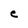
Character: C